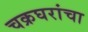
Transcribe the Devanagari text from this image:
चक्रघरांचा